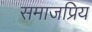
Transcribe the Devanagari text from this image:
समाजप्रिय